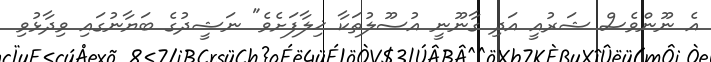
އެ ނޫންވެސް ޝަރުއީ އަދި ގާނޫނީ އުސޫލުތަކާ ޚިލާފަށެވެ" ނަޝީދުގެ ބަޔާނުގައި ވިދާޅުވި